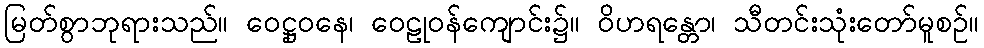
မြတ်စွာဘုရားသည်။ ဝေဋ္ဌုဝနေ၊ ဝေဠုဝန်ကျောင်း၌။ ဝိဟရန္တော၊ သီတင်းသုံးတော်မူစဉ်။